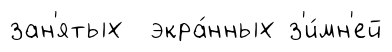
зан'ятых экра́нных з'и́мн'ей